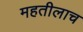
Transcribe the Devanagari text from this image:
महतीलाच